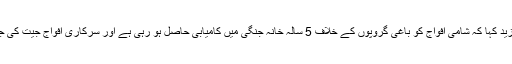
ولید المعلم نے مزید کہا کہ شامی افواج کو باغی گروپوں کے خلاف 5 سالہ خانہ جنگی میں کامیابی حاصل ہو رہی ہے اور سرکاری افواج جیت کی جانب گامزن ہے۔